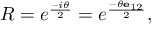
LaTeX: R = e ^ { \frac { - i \theta } { 2 } } = e ^ { \frac { - \theta \mathbf { e } _ { 1 2 } } { 2 } } ,